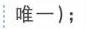
唯一）;